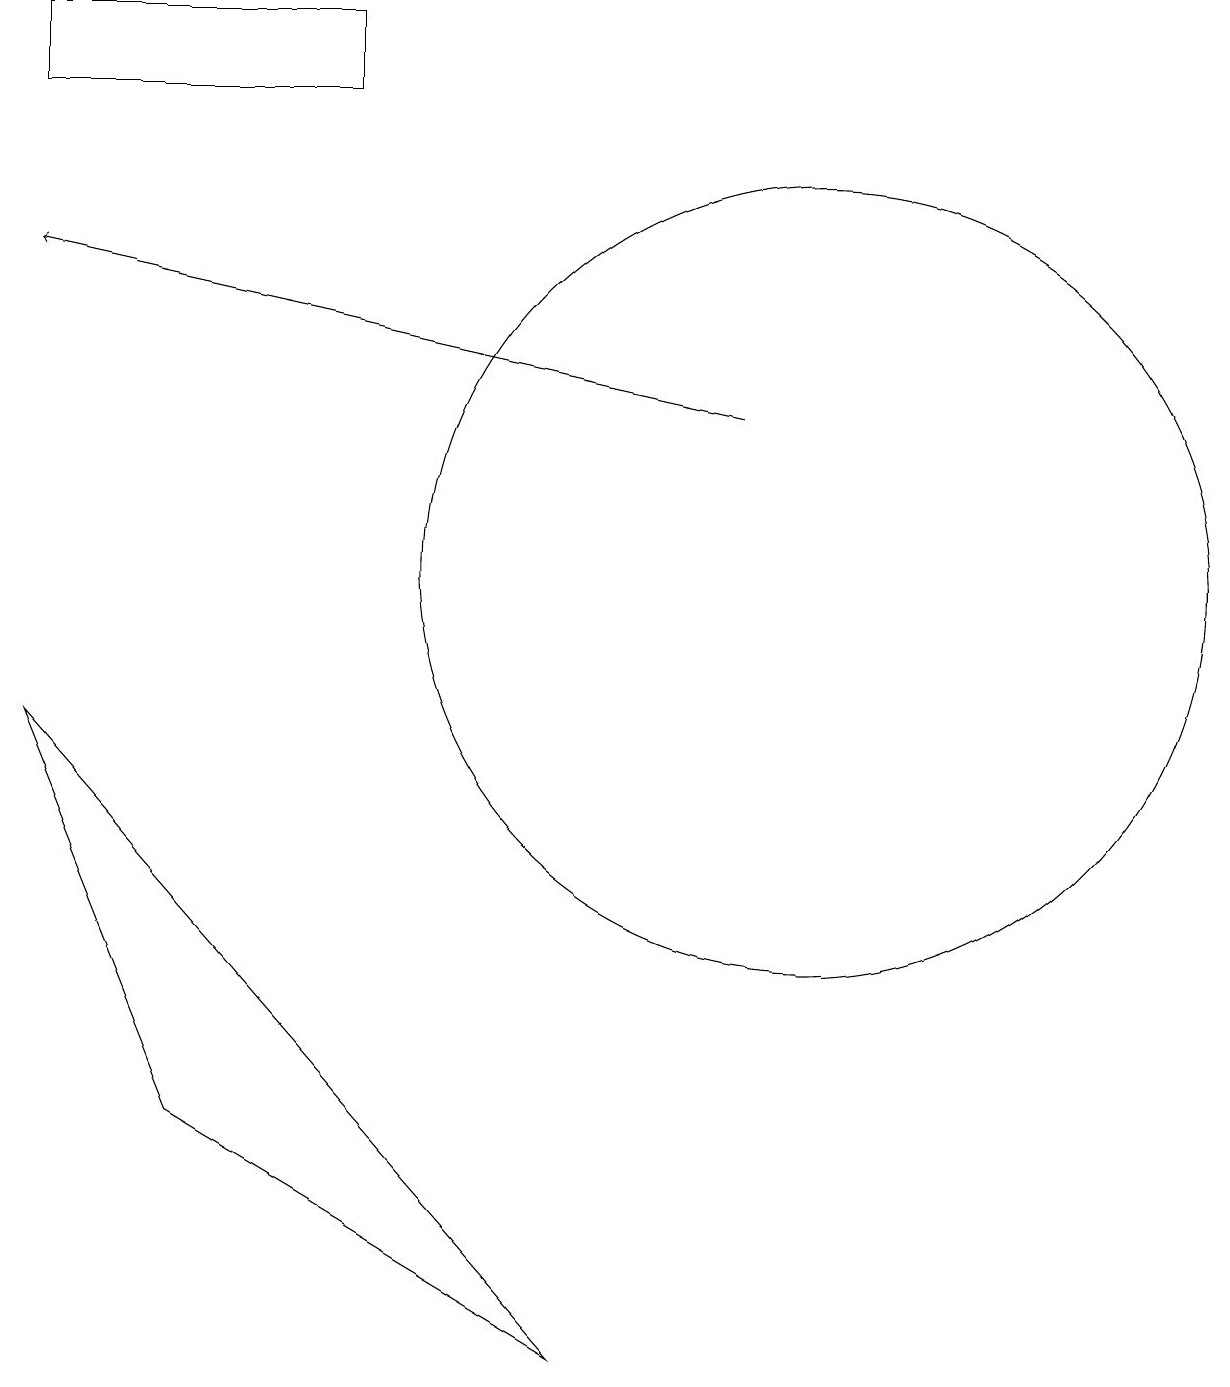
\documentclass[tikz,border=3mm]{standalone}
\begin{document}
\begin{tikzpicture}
\draw (11,10) circle (0);
\draw[->] (9,13) -- (0,15);
\draw (2,4) -- (0,9) -- (7,1) -- cycle;
\draw (4,17) rectangle (0,18);
\draw (10,11) circle (5);
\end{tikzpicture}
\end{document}